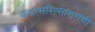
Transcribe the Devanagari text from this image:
कथासरित्सागराची